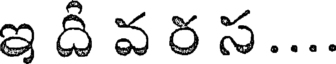
ఇ దీ వ ర స....